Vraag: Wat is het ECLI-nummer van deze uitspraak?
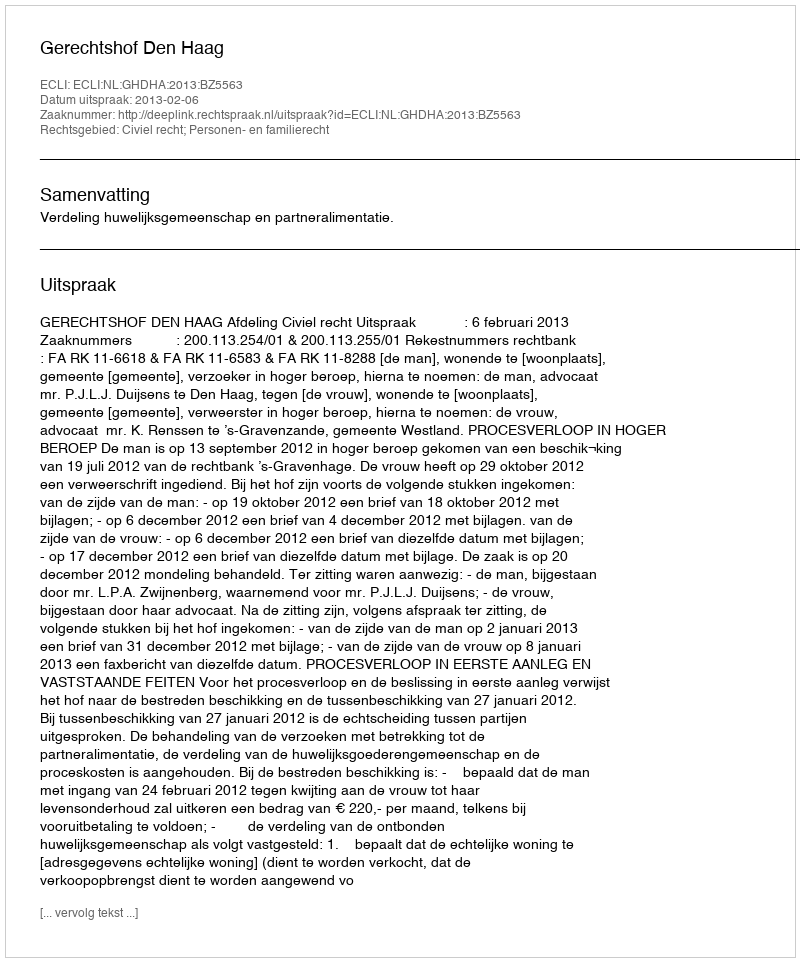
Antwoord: ECLI:NL:GHDHA:2013:BZ5563